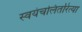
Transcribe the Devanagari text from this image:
स्वयंचलितरित्या